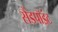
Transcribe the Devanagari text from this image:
सैंडपॉइंट